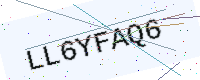
Text: LL6YFAQ6